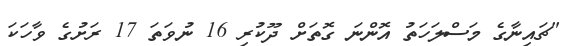
"ޗައިނާގެ މަސްލަހަތު އޮންނަ ގޮތަށް ދޫކުރި 16 ނުވަތަ 17 ރަށުގެ ވާހަކަ